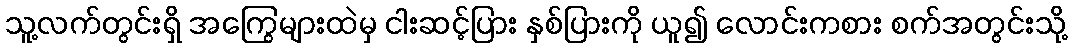
သူ့လက်တွင်းရှိ အကြွေများထဲမှ ငါးဆင့်ပြား နှစ်ပြားကို ယူ၍ လောင်းကစား စက်အတွင်းသို့